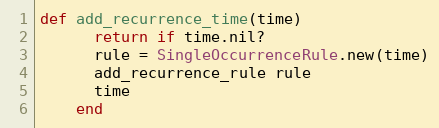
Language: Ruby
def add_recurrence_time(time)
      return if time.nil?
      rule = SingleOccurrenceRule.new(time)
      add_recurrence_rule rule
      time
    end